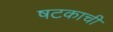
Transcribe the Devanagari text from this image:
षटकाची